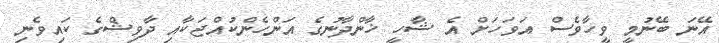
އޭނަ ބޭނުމީ ވީހާވެސް އަވަހަށް އެ ޝާހީ ޚާންދާނުގެ އަންހެންކުއްޖަކާއި ދާވިޝްގެ ކައިވެނި